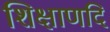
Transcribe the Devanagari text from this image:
शिक्षाणदि